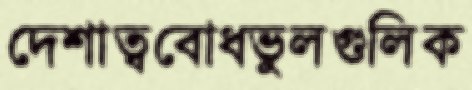
দেশাত্ববোধভুলগুলিক